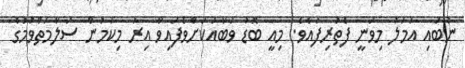
ނުބައި އަމަލު މިވަނީ ފެތުރިފައެވެ. މިއީ ބޮޑު ވަބާއަކަށްވެފައިވާ އިރު މިކަމުން ސަލާމަތްވުމުގެ